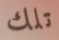
تلك